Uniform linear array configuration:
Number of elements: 24
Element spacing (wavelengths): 0.25
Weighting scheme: uniform
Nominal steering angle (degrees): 60
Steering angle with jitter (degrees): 60.736
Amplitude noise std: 0.05
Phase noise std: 0.05

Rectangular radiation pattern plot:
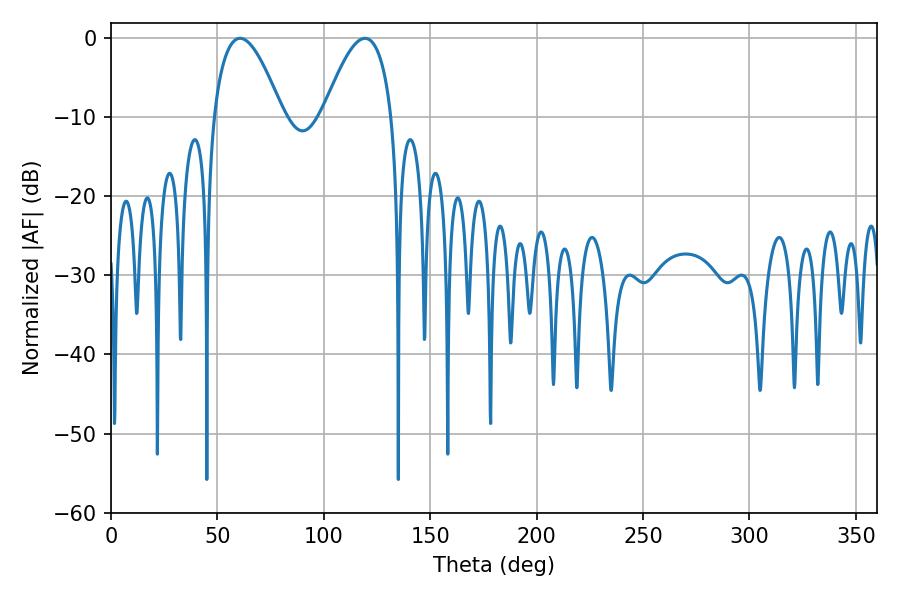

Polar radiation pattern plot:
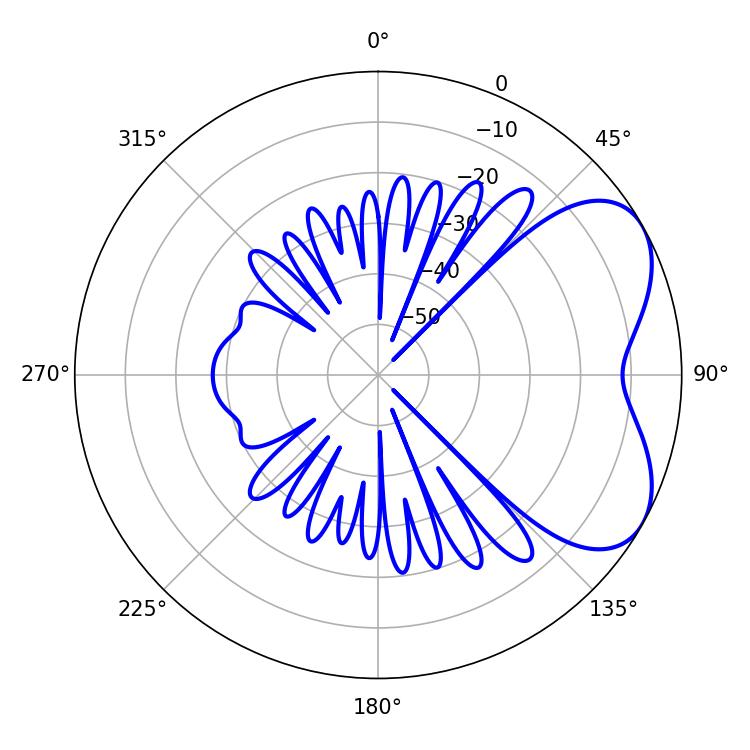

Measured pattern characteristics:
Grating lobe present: FALSE
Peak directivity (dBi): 5.166
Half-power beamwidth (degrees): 17.64
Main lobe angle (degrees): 60.66